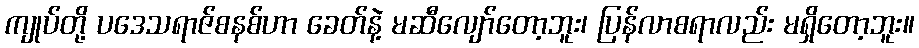
ကျုပ်တို့ ပဒေသရာဇ်စနစ်ဟာ ခေတ်နဲ့ မဆီလျော်တော့ဘူး၊ ပြန်လာစရာလည်း မရှိတော့ဘူး။